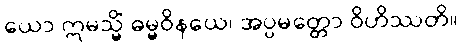
ယော ဣမသ္မိံ ဓမ္မဝိနယေ၊ အပ္ပမတ္တော ဝိဟိဿတိ။